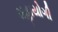
મહાયોગી